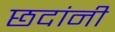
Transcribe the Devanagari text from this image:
छदांनी